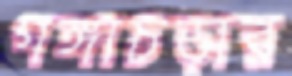
গঙ্গাচড়ার